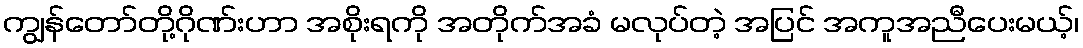
ကျွန်တော်တို့ဂိုဏ်းဟာ အစိုးရကို အတိုက်အခံ မလုပ်တဲ့ အပြင် အကူအညီပေးမယ့်၊